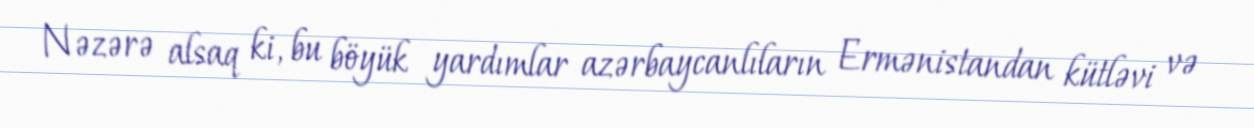
Nəzərə alsaq ki, bu böyük yardımlar azərbaycanlıların Ermənistandan kütləvi və